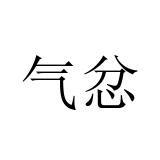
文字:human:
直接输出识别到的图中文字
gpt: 气忿